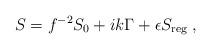
LaTeX: \begin{align*}S = f^{-2} S_0 + ik\Gamma + \epsilon S_{\rm reg} \;,\end{align*}